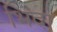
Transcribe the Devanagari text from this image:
भिदा